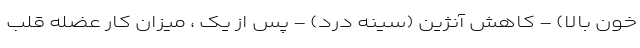
خون بالا) - کاهش آنژین (سینه درد) - پس از یک ، میزان کار عضله قلب